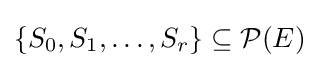
\{S_{0},S_{1},\dots ,S_{r}\}\subseteq {\mathcal {P}}(E)